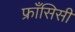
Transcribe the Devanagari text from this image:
फ्राँसिसी